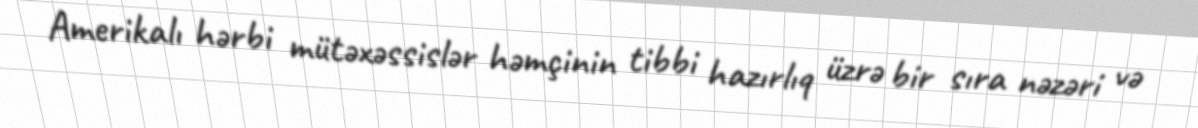
Amerikalı hərbi mütəxəssislər həmçinin tibbi hazırlıq üzrə bir sıra nəzəri və